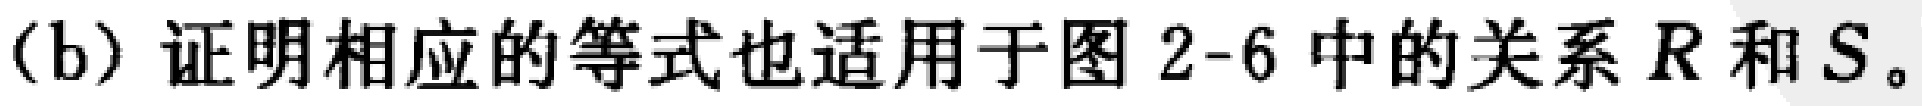
(b) 证明相应的等式也适用于图 2-6 中的关系 \(R\) 和 \(S\)。